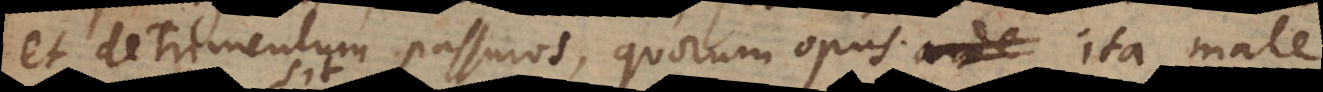
et detrimentum passuros, quorum opus ita male